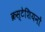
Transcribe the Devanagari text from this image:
क्रस्टेशियनों